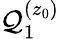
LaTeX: \mathcal{Q}_{1}^{(z_{0})}